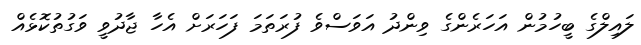
ލައިލްގެ ބީހުމުން އަހަރެންގެ ވިންދު އަވަސްވެ ފުރަތަމަ ފަހަރަށް އެހާ ޖާދުވީ ވަގުތުކޮޅެއް